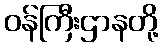
ဝန်ကြီးဌာနတို့